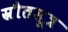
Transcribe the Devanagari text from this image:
स्रौतसूत्र